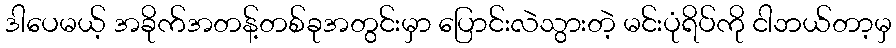
ဒါပေမယ့် အခိုက်အတန့်တစ်ခုအတွင်းမှာ ပြောင်းလဲသွားတဲ့ မင်းပုံရိပ်ကို ငါဘယ်တာ့မှ